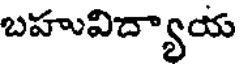
బహువిద్యాయ